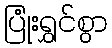
ပြုံးရွှင်စွာ